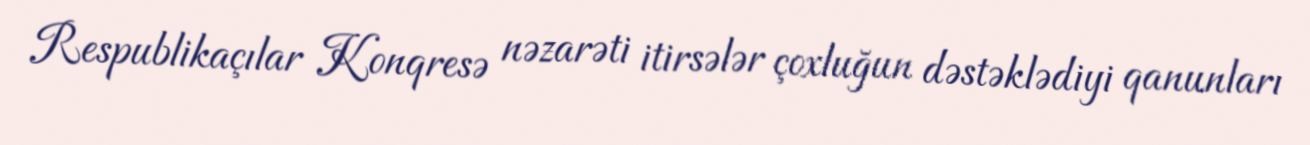
Respublikaçılar Konqresə nəzarəti itirsələr çoxluğun dəstəklədiyi qanunları